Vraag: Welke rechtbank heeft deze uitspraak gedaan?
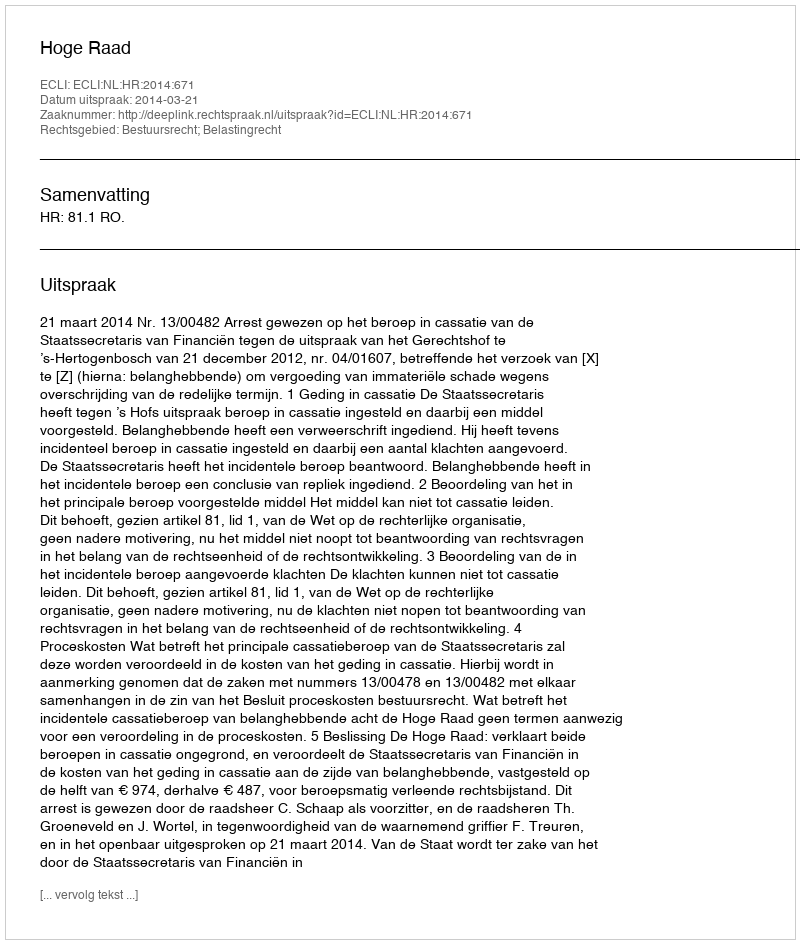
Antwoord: Hoge Raad